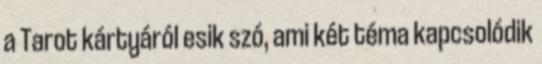
a Tarot kártyáról esik szó, ami két téma kapcsolódik